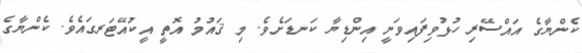
ކެންޔާގެ އައްސޭރި ހުޅުވިފައިވަނީ އިންޑިޔާ ކަނޑަށެވެ. މި ޤައުމު އޮތީ އީކުއޭޓަރގައެވެ. ކެންޔާގެ